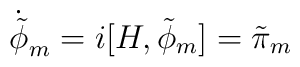
\dot{\tilde{\phi}}_{m} = i [H,\tilde{\phi}_{m}] = \tilde{\pi}_{m}